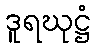
ဒူရဃုဋ္ဌံ